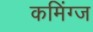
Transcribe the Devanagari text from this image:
कमिंग्ज